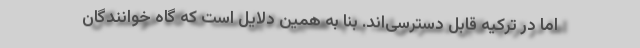
اما در ترکیه قابل دسترسی‌اند. بنا به همین دلایل است که گاه خوانندگان